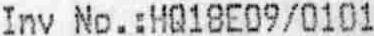
INV NO.:HQ18E09/0101